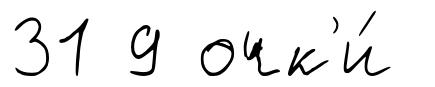
31 9 очк'и́